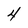
Character: 4